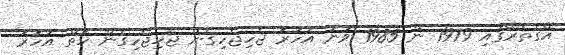
އޭގެތެރޭގައި 1979 ން 1985 ވަނަ އަހަރު ޖެހިޖެހިގެން ޖެހިޖެހިގެން ހަތް އަހަރު